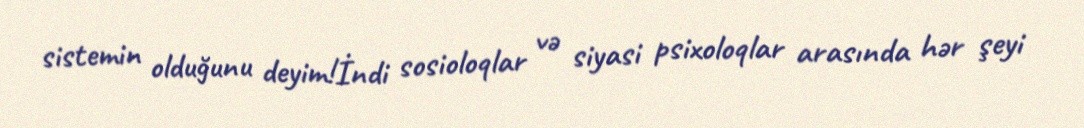
sistemin olduğunu deyim!İndi sosioloqlar və siyasi psixoloqlar arasında hər şeyi